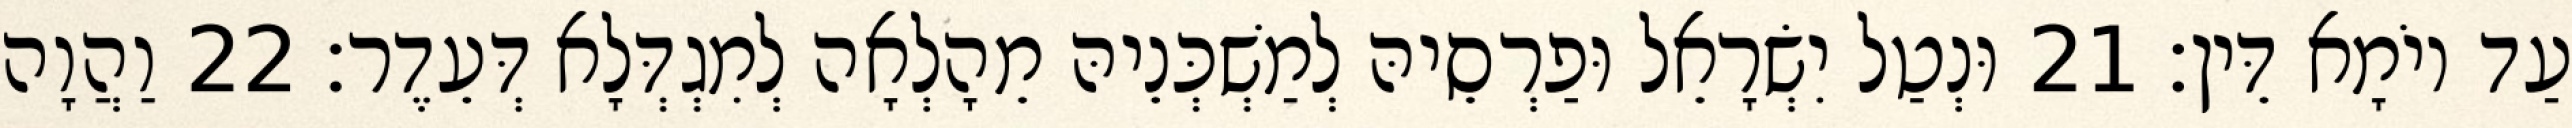
עַד יוֹמָא דֵּין׃ 21 וּנְטַל יִשְׂרָאֵל וּפַרְסֵיהּ לְמַשְׁכְּנֵיהּ מֵהָלְאָה לְמִגְדְּלָא דְּעֵדֶר׃ 22 וַהֲוָה